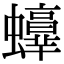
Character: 𧔫